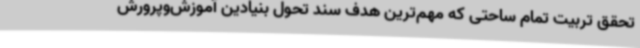
تحقق تربیت تمام ساحتی که مهم‌ترین هدف سند تحول بنیادین آموزش‌وپرورش